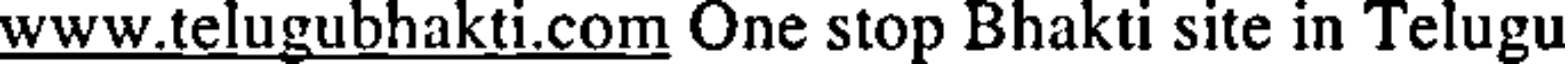
www.telugubhakti.com One stop Bhakti site in Telugu